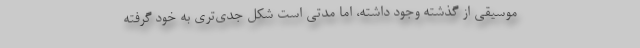
موسیقی از گذشته وجود داشته، اما مدتی است شکل جدی‌تری به خود گرفته